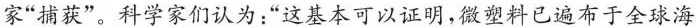
家“捕获”。科学家们认为:“这基本可以证明,微塑料已遍布于全球海